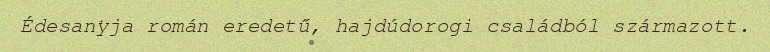
Édesanyja román eredetű, hajdúdorogi családból származott.